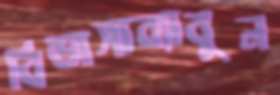
বিভাসাব্যাবুন